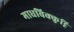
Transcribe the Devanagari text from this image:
माधविक्कुट्टि